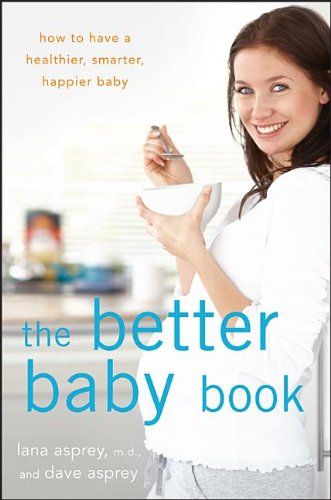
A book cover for The Better Baby Book: How to Have a Healthier, Smarter, Happier Baby; Lana Asprey; Parenting & Relationships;